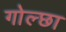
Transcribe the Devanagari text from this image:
गोल्छा